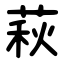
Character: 萩